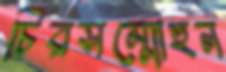
চিরসম্মোহন